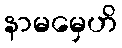
နာမမှေဟိ